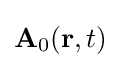
\mathbf {A} _{0}(\mathbf {r} ,t)